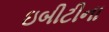
ઇબીટીના